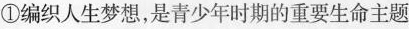
①编织人生梦想，是青少年时期的重要生命主题